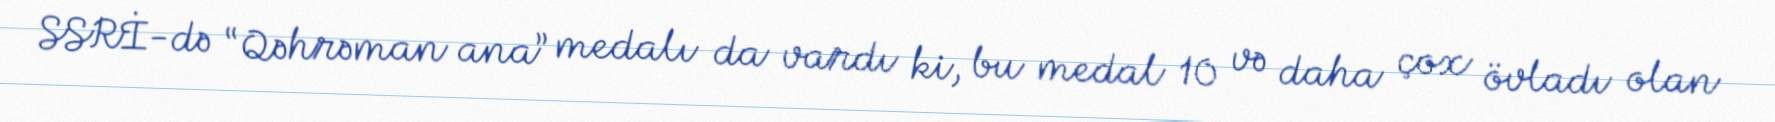
SSRİ-də “Qəhrəman ana” medalı da vardı ki, bu medal 10 və daha çox övladı olan